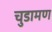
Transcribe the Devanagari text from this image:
चुडामण